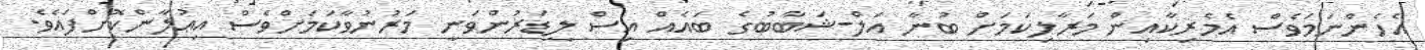
އެހެންނަމަވެސް އެމެރިކާއިން މަރާލިކަމަށް ބުނާ އަލް-ޝަބާބުގެ ބައެއް އިސް ލީޑަރުންވަނީ މަރުނުވާކަމަށްވެސް އިޢުލާންކޮށްފައެވެ.